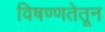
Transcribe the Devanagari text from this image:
विषण्णतेतून